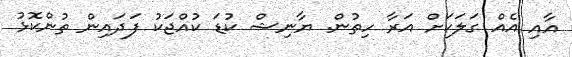
އާއި އެއް ގަލަކަށް އަރާ ހިތުން. ޔާނިޝް ކުޑަ ކުއްޖަކު ފަދައިން ތުންކޮޅު